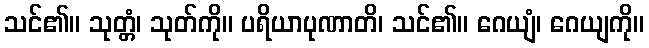
သင်၏။ သုတ္တံ၊ သုတ်ကို။ ပရိယာပုဏာတိ၊ သင်၏။ ဂေယျံ၊ ဂေယျကို။